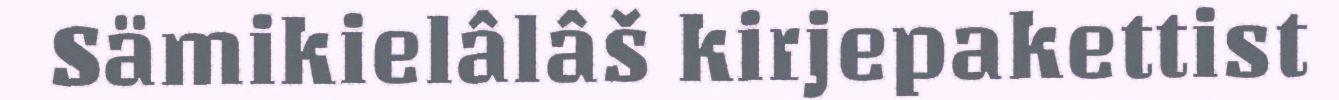
Sämikielâlâš kirjepakettist